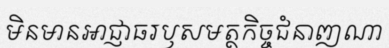
មិនមានអាជ្ញាធរឫសមត្ថកិច្ចជំនាញណា